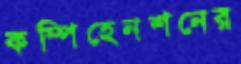
কম্পিহেনশনের